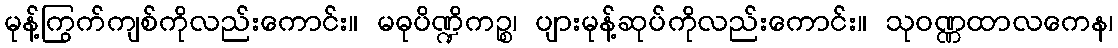
မုန့်ကြွက်ကျစ်ကိုလည်းကောင်း။ မဓုပိဏ္ဍိကဉ္စ၊ ပျားမုန့်ဆုပ်ကိုလည်းကောင်း။ သုဝဏ္ဏထာလကေန၊